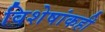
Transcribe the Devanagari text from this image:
विशेषांकही